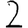
Digit: 2